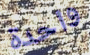
واحدة